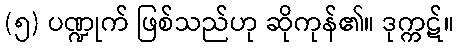
(၅) ပဏ္ဍုက် ဖြစ်သည်ဟု ဆိုကုန်၏။ ဒုက္ကဋ်။